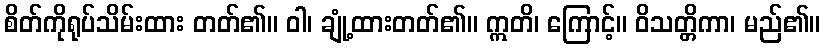
စိတ်ကိုရုပ်သိမ်းထား တတ်၏။ ဝါ၊ ချုံ့ထားတတ်၏။ ဣတိ၊ ကြောင့်။ ဝိသတ္တိကာ၊ မည်၏။